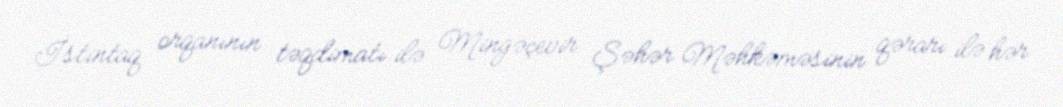
İstintaq orqanının təqdimatı ilə Mingəçevir Şəhər Məhkəməsinin qərarı ilə hər